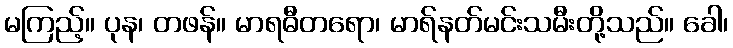
မကြည့်။ ပုန၊ တဖန်။ မာရဓီတရော၊ မာရ်နတ်မင်းသမီးတို့သည်။ ခေါ၊